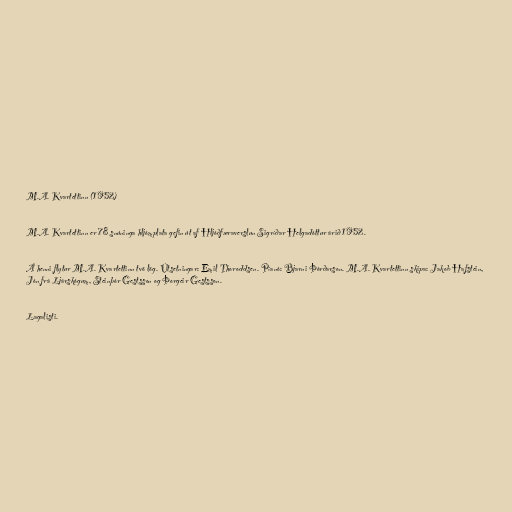
M.A. Kvartettinn (1952)

M.A. Kvartettinn er 78 snúninga hljómplata gefin út af Hljóðfæraverslun Sigríðar Helgadóttur árið 1952.

Á henni flytur M.A. Kvartettinn tvö lög. Útsetningar: Emil Thoroddsen. Píanó: Bjarni Þórðarson. M.A. Kvartettinn skipa: Jakob Hafstein,
Jón frá Ljárskógum, Steinþór Gestsson og Þorgeir Gestsson.

Lagalisti.